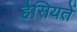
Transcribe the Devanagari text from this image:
हैसियतें